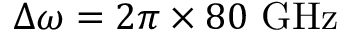
\Delta \omega = 2 \pi \times 8 0 ~ \mathrm { G H z }